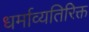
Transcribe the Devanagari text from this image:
धर्माव्यतिरिक्त